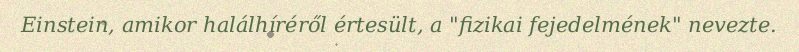
Einstein, amikor halálhíréről értesült, a "fizikai fejedelmének" nevezte.